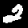
Label: 2